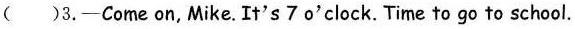
( )3.-Come on, Mike. It's 7 o'clock. Time to go to school.